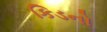
કિડનો